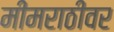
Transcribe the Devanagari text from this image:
मीमराठीवर